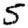
Digit: 5